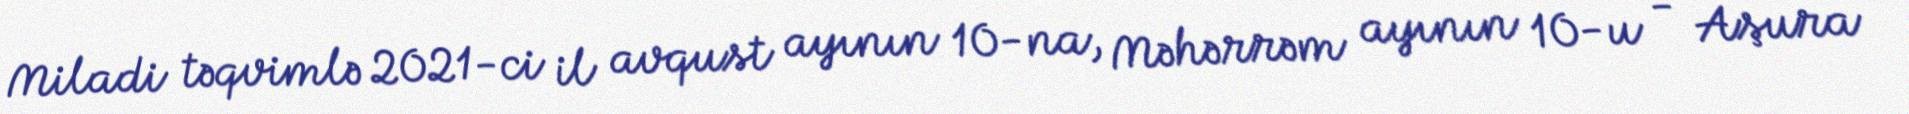
Miladi təqvimlə 2021-ci il avqust ayının 10-na, Məhərrəm ayının 10-u - Aşura